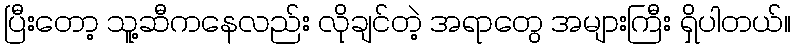
ပြီးတော့ သူ့ဆီကနေလည်း လိုချင်တဲ့ အရာတွေ အများကြီး ရှိပါတယ်။